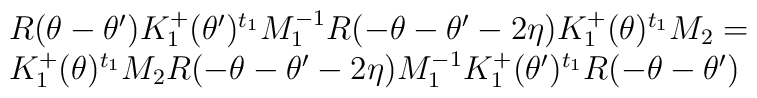
\begin{array}{l}R(\theta-\theta^{\prime})K^{+}_{1}(\theta^{\prime})^{t_{1}}M_{1}^{-1} R(-\theta -\theta^{\prime} -2\eta)K^{+}_{1}(\theta)^{t_{1}}M_{2}=\\ K^{+}_{1}(\theta)^{t_{1}} M_{2} R(- \theta -\theta^{\prime} -2\eta)M_{1}^{-1} K_{1}^{+}(\theta^{\prime})^{t_{1}}  R(- \theta-\theta^{\prime})\end{array}